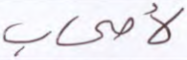
لأصحاب